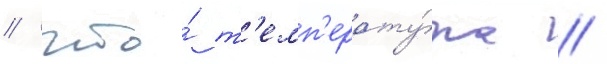
/ что́ т'емп'ерату́ра /